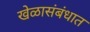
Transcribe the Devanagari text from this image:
खेळासंबंधात